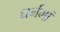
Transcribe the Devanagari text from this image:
धर्ममां